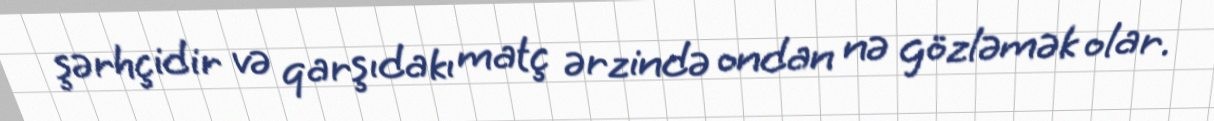
şərhçidir və qarşıdakı matç ərzində ondan nə gözləmək olar.